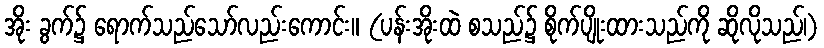
အိုး ခွက်၌ ရောက်သည်သော်လည်းကောင်း။ (ပန်းအိုးထဲ စသည်၌ စိုက်ပျိုးထားသည်ကို ဆိုလိုသည်၊)